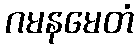
ဂမနမေတံ